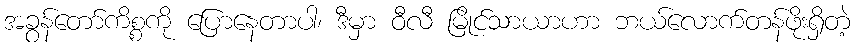
အခွန်တော်ကိစ္စကို ပြောနေတာပါ၊ ဒီမှာ ဝီလီ မြိုင်သာယာဟာ ဘယ်လောက်တန်ဖိုးရှိတဲ့